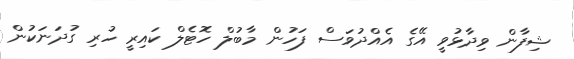
ޝިފާން ވިދާޅުވީ އޭގެ އެއްދުވަސް ފަހުން މާބުލް ހޮޓެލް ކައިރީ ހުރި ގުދަނަކުން